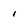
Character: 1